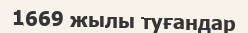
1669 жылы туғандар